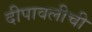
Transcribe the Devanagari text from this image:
दीपावलीची